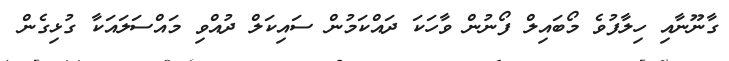
ގާނޫނާއި ހިލާފުވެ މޯބައިލް ފޯނުން ވާހަކަ ދައްކަމުން ސައިކަލް ދުއްވި މައްސަލައަކާ ގުޅިގެން